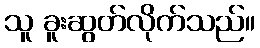
သူ ခူးဆွတ်လိုက်သည်။